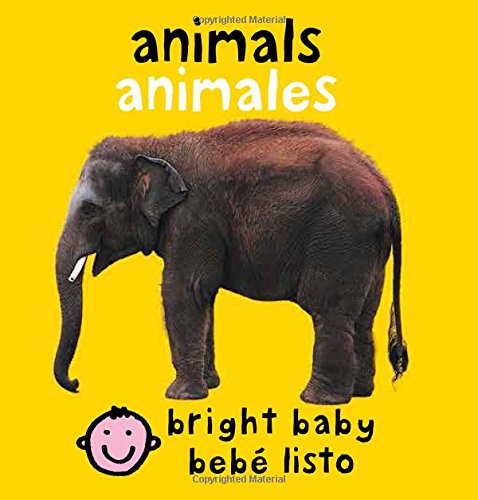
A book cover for Bilingual Bright Baby Animals (Spanish Edition); Roger Priddy; Children's Books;